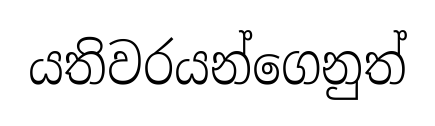
යතිවරයන්ගෙනුත්